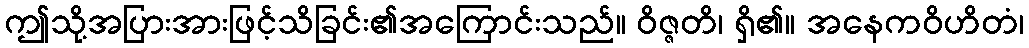
ဤသို့အပြားအားဖြင့်သိခြင်း၏အကြောင်းသည်။ ဝိဇ္ဇတိ၊ ရှိ၏။ အနေကဝိဟိတံ၊